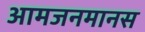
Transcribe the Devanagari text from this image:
आमजनमानस